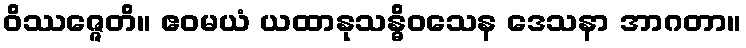
ဝိဿဇ္ဇေတိ။ ဧဝမယံ ယထာနုသန္ဓိဝသေန ဒေသနာ အာဂတာ။